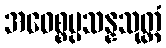
အဝေစ္စပ္ပသန္နသုတ္တံ